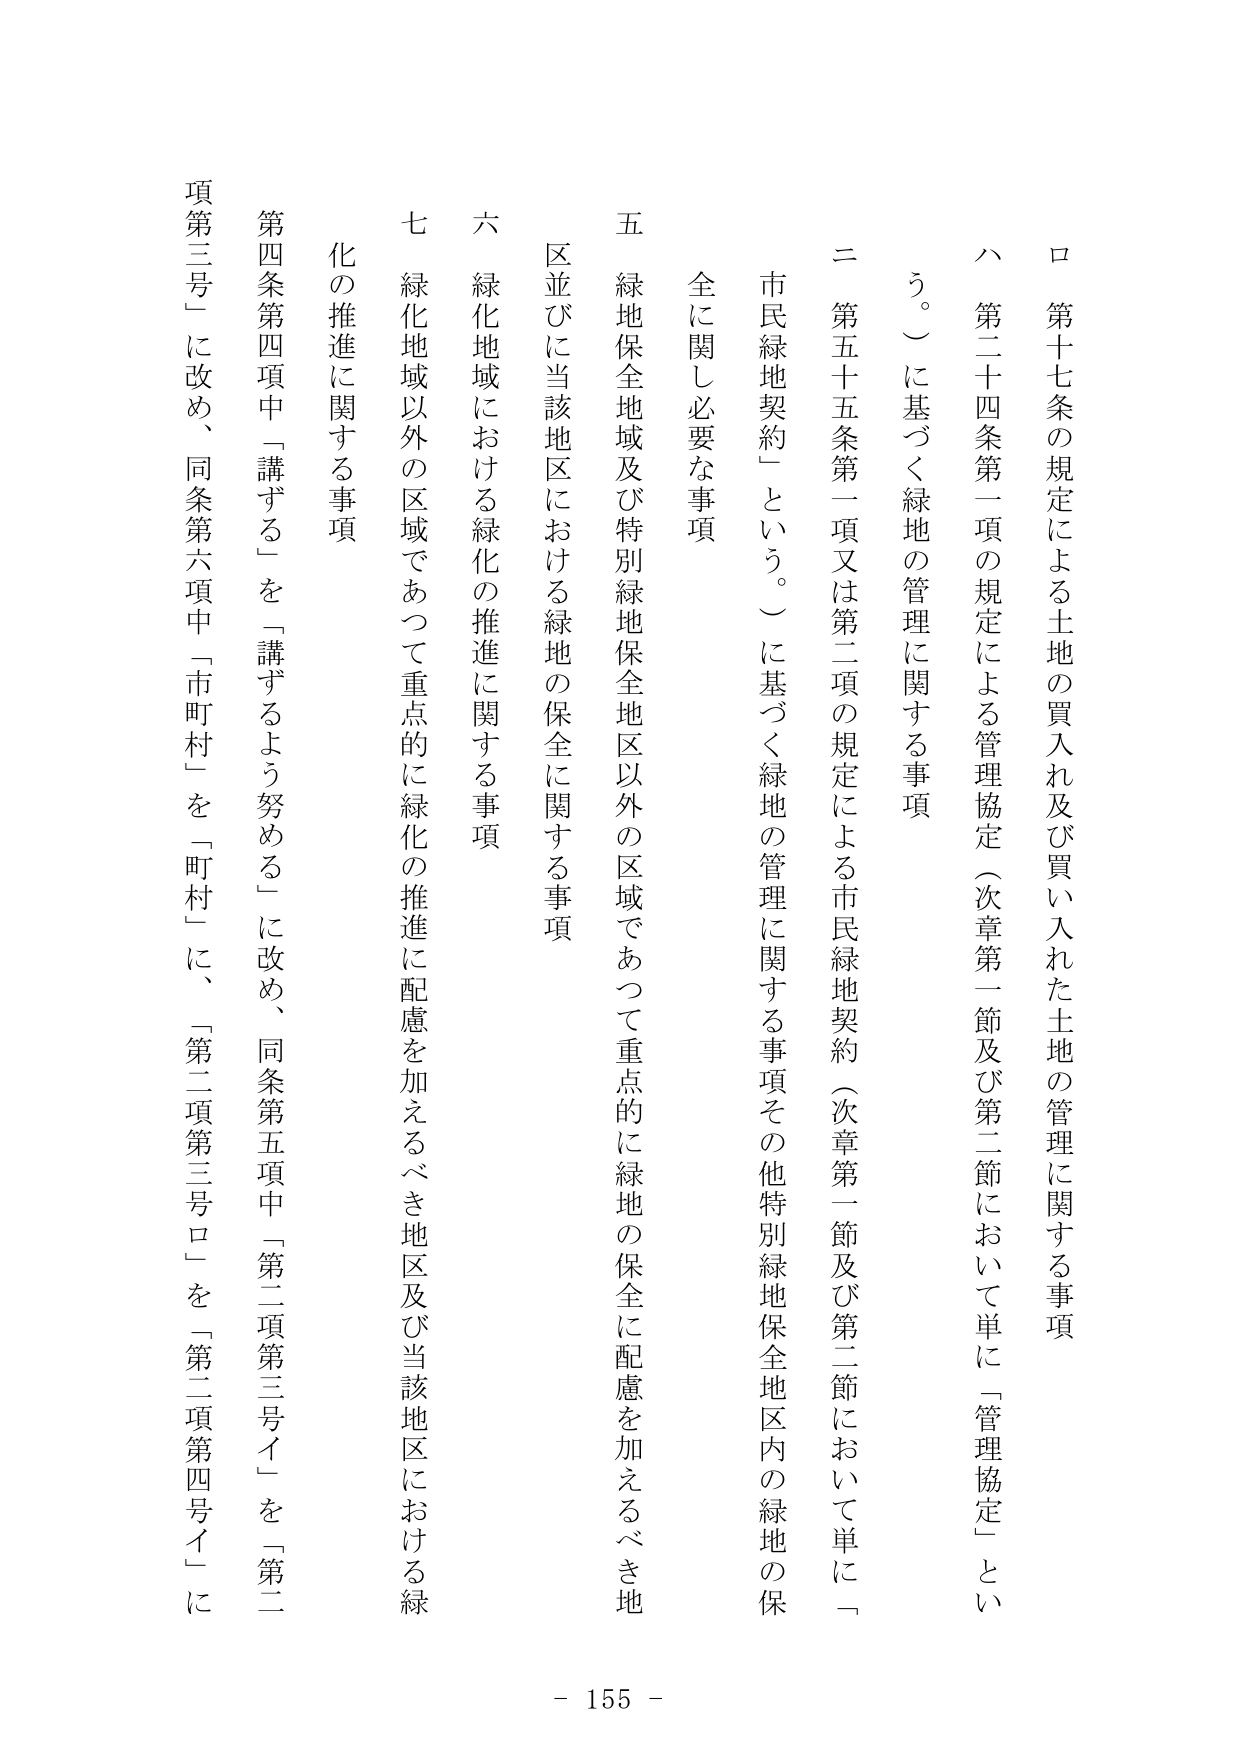
ロ 第十七条の規定による土地の買入れ及び買入れた土地の管理に関する事項
ハ 第二十四条第一項の規定による管理協定（次章第一節及び第二節において単に「管理協定」という。）に基づく緑地の管理に関する事項
ニ 第五十五条第一項又は第二項の規定による市民緑地契約（次章第一節及び第二節において単に「市民緑地契約」という。）に基づく緑地の管理に関する事項その他特別緑地保全地区内の緑地の保全に関し必要な事項
五 緑地保全地域及び特別緑地保全地区以外の区域であって重点的に緑地の保全に配慮を加えるべき地区並びに当該地区における緑地の保全に関する事項
六 緑化地域における緑化の推進に関する事項
七 緑化地域以外の区域であって重点的に緑化の推進に配慮を加えるべき地区及び当該地区における緑化の推進に関する事項
第四条第四項中「講ずる」を「講ずるよう努める」に改め、同条第五項中「第二項第三号ロ」を「第二項第三号イ」に、同条第六項中「市町村」を「町村」に、「第二項第三号ロ」を「第二項第四号イ」に改め、
- 155 -